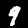
Digit: 9